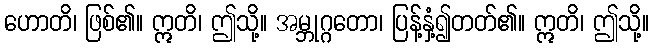
ဟောတိ၊ ဖြစ်၏။ ဣတိ၊ ဤသို့။ အမ္ဘုဂ္ဂတော၊ ပြန့်နှံ့၍တတ်၏။ ဣတိ၊ ဤသို့။